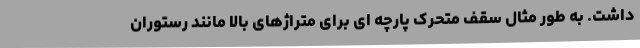
داشت. به طور مثال سقف متحرک پارچه ای برای متراژهای بالا مانند رستوران